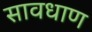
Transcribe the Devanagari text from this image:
सावधाण